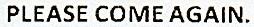
PLEASE COME AGAIN.